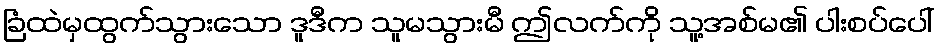
ခြံထဲမှထွက်သွားသော ဒူဒီက သူမသွားမီ ဤလက်ကို သူ့အစ်မ၏ ပါးစပ်ပေါ်